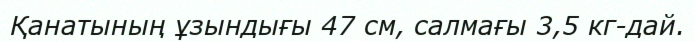
Қанатының ұзындығы 47 см, салмағы 3,5 кг-дай.